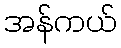
အန်ကယ်